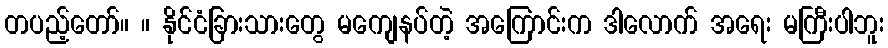
တပည့်တော်။ ။ နိုင်ငံခြားသားတွေ မကျေနပ်တဲ့ အကြောင်းက ဒါလောက် အရေး မကြီးပါဘူး